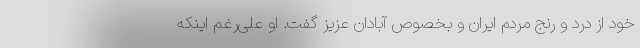
خود از درد و رنج مردم ایران و بخصوص آبادان عزیز گفت. او علی‌رغم اینکه